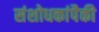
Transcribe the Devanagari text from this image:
संशोधकांपैकी